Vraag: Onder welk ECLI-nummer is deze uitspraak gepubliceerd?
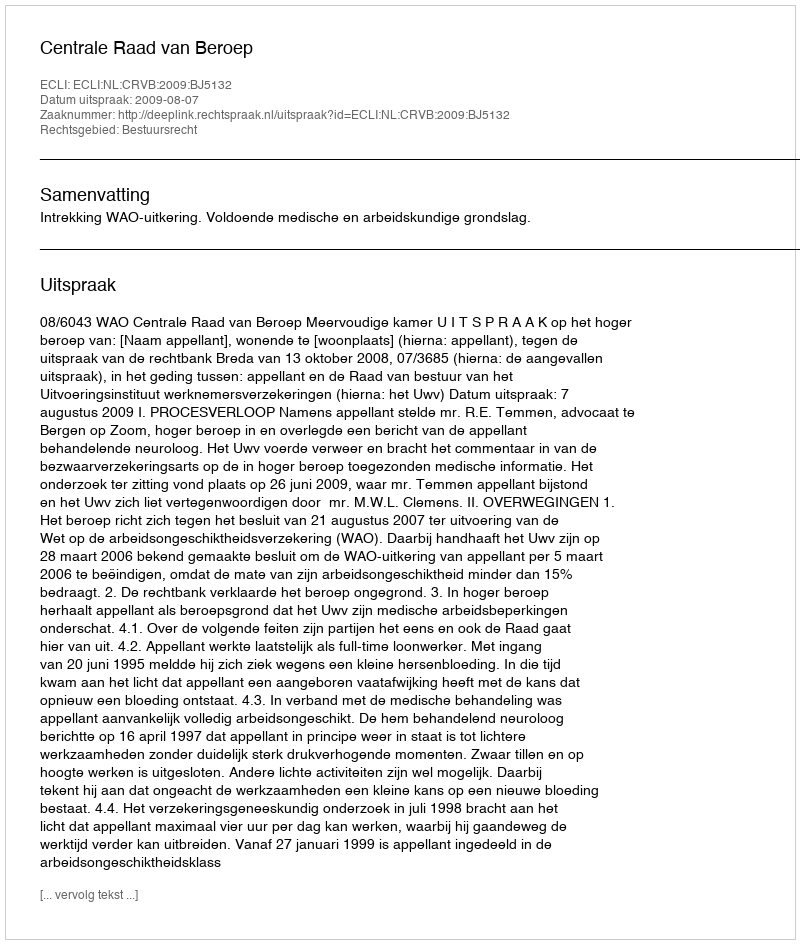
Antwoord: ECLI:NL:CRVB:2009:BJ5132